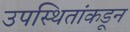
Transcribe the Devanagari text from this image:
उपस्थितांकडून